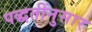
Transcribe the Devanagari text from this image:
पद्धतींनुसार